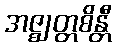
အဇ္ဈတ္တစိန္တီ